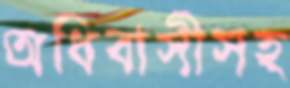
অধিবাসীসহ